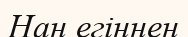
Нан егіннен